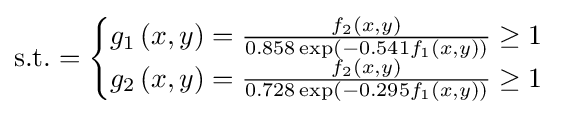
{\text{s.t.}}={\begin{cases}g_{1}\left(x,y\right)={\frac {f_{2}\left(x,y\right)}{0.858\exp \left(-0.541f_{1}\left(x,y\right)\right)}}\geq 1\\g_{2}\left(x,y\right)={\frac {f_{2}\left(x,y\right)}{0.728\exp \left(-0.295f_{1}\left(x,y\right)\right)}}\geq 1\end{cases}}